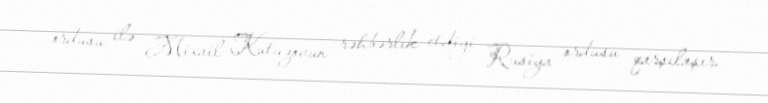
ordusu ilə Mixail Kutuzovun rəhbərlik etdiyi Rusiya ordusu qarşılaşır.